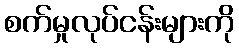
စက်မှုလုပ်ငန်းများကို